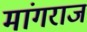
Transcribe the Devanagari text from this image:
मांगराज